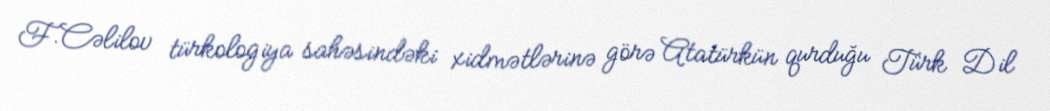
F.Cəlilov türkologiya sahəsindəki xidmətlərinə görə Atatürkün qurduğu Türk Dil